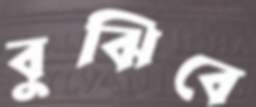
বুঝিবে